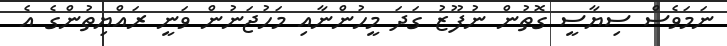
ނަމަވެސް ސިޔާސީ ގޮތުން ނުފޫޒު ގަދަ މީހުންނާއި މަހުޖަނުން ވަނީ ރައްޔިތުންގެ އެ